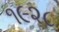
૧૯૨૮